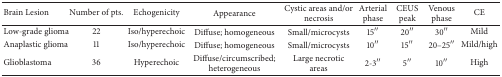
| Brain Lesion | Number of pts. | Echogenicity | Appearance | Cystic areas and/or necrosis | Arterial phase | CEUS peak | Venous phase | CE |
 | --- | --- | --- | --- | --- | --- | --- | --- | --- |
 | Low-grade glioma | 22 | Iso/hyperechoic | Diffuse; homogeneous | Small/microcysts | 15′′ | 20′′ | 30′′ | Mild |
 | Anaplastic glioma | 11 | Iso/hyperechoic | Diffuse; homogeneous | Small/microcysts | 10′′ | 15′′ | 20–25′′ | Mild/high |
 | Glioblastoma | 36 | Hyperechoic | Diffuse/circumscribed; heterogeneous | Large necrotic areas | 2-3′′ | 5′′ | 10′′ | High |